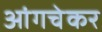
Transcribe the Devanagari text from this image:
आंगचेकर